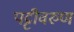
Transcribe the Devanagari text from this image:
पट्टीवरुण